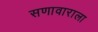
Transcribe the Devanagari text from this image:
सणावाराला